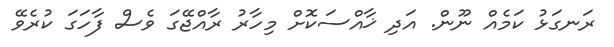
ރަނގަޅު ކަމެއް ނޫން. އަދި ޚާއްސަކޮށް މިހާރު ރާއްޖޭގަ ވެސް ފާހަގަ ކުރެވޭ